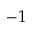
- 1